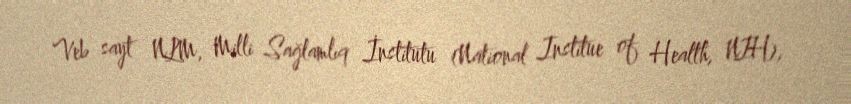
Veb sayt NLM, Milli Sağlamlıq İnstitutu (National Institue of Health, NIH),